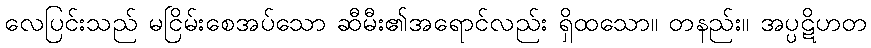
လေပြင်းသည် မငြိမ်းစေအပ်သော ဆီမီး၏အရောင်လည်း ရှိထသော။ တနည်း။ အပ္ပဋိဟတ